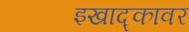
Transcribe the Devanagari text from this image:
इखाद्कावर